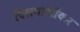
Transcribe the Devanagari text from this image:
पिलगाओंकर